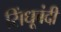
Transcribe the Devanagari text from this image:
सिंधूबंदी